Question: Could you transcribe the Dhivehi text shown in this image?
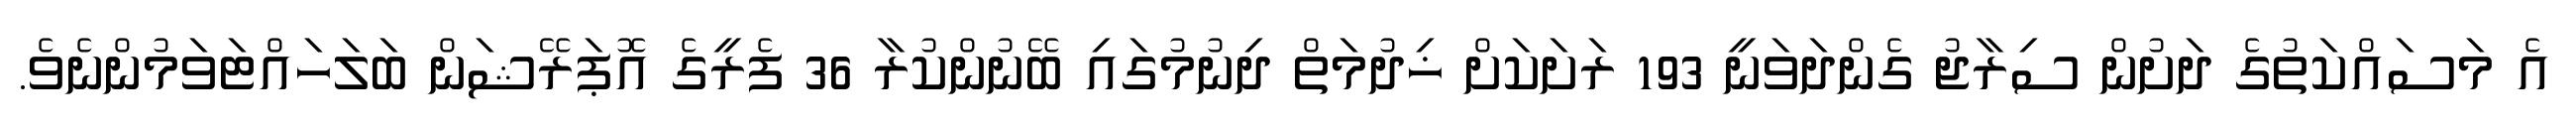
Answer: އެ މަސައްކަތުގެ ދަށުން ސިރާޖު ގެންދަވަނީ 193 ރަށަކަށް ޚިދުމަތް ދިނުމުގައި ބޭނުންކުރާ 36 ފެރީގެ އޮޕަރޭޝަން ބަލަހައްޓަވަމުންނެވެ.